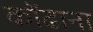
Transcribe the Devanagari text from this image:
कोंढाना